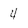
Character: 4